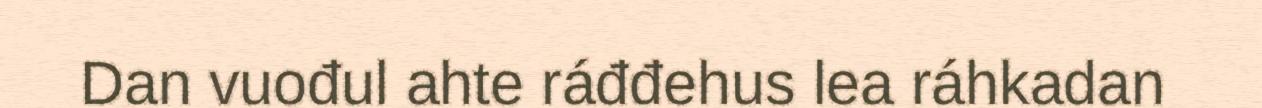
Dan vuođul ahte ráđđehus lea ráhkadan